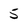
Character: 5